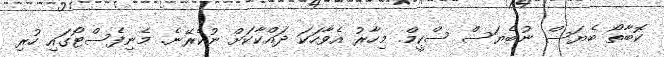
ކޮބާތޯ ބެޔަސް ނުބެޔަސް ސްކީމް. މިހާރު އެވާހަކަ ދައްކާކަށް ނުކެރޭނެ. މެނިފެސްޓޯގައި ހުރި